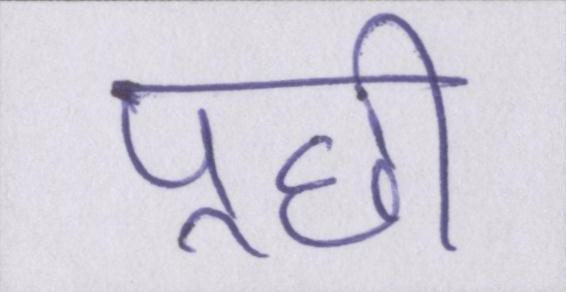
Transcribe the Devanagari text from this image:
पूछी